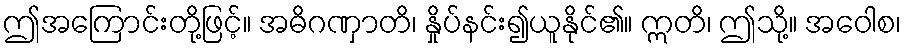
ဤအကြောင်းတို့ဖြင့်။ အဓိဂဏှာတိ၊ နှိုပ်နင်း၍ယူနိုင်၏။ ဣတိ၊ ဤသို့။ အဝေါစ၊